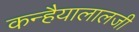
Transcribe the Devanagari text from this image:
कन्हैयालालजी